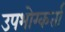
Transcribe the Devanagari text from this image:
उपभोग्कर्ता